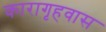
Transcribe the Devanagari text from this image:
कारागृहवास